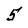
Character: 5